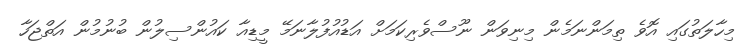
މިހާލަތުގައި އޮވެ ތިމަންނަމެން މިނިވަން ނޫސްވެރިކަމަށް އަޑުއުފުލާނަމޭ މީޑިއާ ކައުންސިލުން ބުނުމުން އަތްޖަހާ